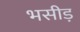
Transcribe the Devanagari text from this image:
भसीड़